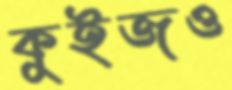
কুইজও